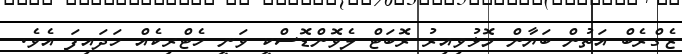
ޒެގްރެބް އަތުން ބަޔާން މޮޅުވިއިރު ރޮބަޓް ލެވޮންޑޮސްކީ ވަނީ ހެޓްރިކެއް ހަދައިފަ އެވެ.